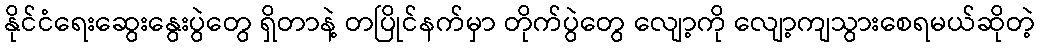
နိုင်ငံရေးဆွေးနွေးပွဲတွေ ရှိတာနဲ့ တပြိုင်နက်မှာ တိုက်ပွဲတွေ လျော့ကို လျော့ကျသွားစေရမယ်ဆိုတဲ့